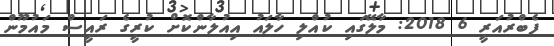
ފެބްރުއަރީ 6 2018: މާލޭގައި ކުއްލި ހާލައު އިއުލާންކޮށް ކުރީގެ ރައީސް މައުމޫން